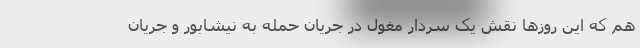
هم که این روزها نقش یک سردار مغول در جریان حمله به نیشابور و جریان